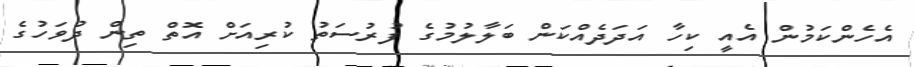
އެހެންކަމުން އެއީ ކިހާ އަދަދެއްކަން ބަލާލުމުގެ ފުރުސަތު ކުރިއަށް އޮތް ތިން ދުވަހުގެ